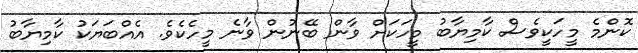
ކޮންމެ މީހަކީވެސް ކާމިޔާބު މީހަކަށް ވާން ބޭނުން ވާނެ މީހެކެވެ. އެއްބަޔަކު ކާމިޔާބު